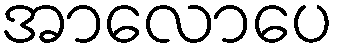
အာလောပေ